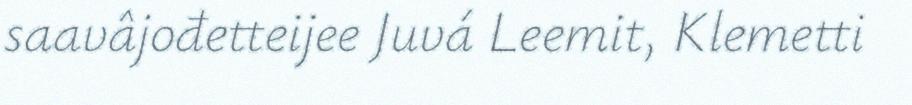
saavâjođetteijee Juvá Leemit, Klemetti